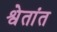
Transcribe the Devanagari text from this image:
श्वेतांत